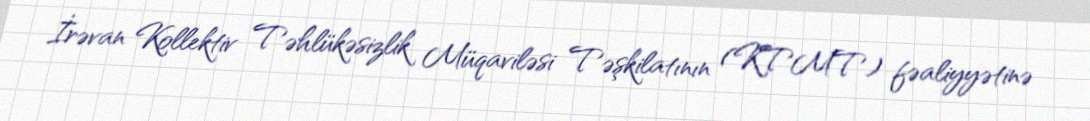
İrəvan Kollektiv Təhlükəsizlik Müqaviləsi Təşkilatının (KTMT) fəaliyyətinə